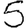
Digit: 5